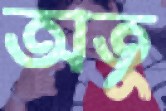
অতু